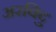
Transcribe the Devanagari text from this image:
अरविदु